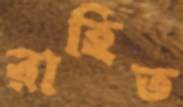
রাহিত